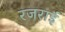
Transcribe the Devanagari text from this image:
रजराई